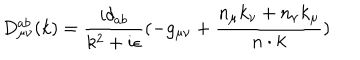
LaTeX: D _ { { \mu } { \nu } } ^ { a b } ( k ) = \frac { i { \delta } _ { a b } } { k ^ { 2 } + i { \epsilon } } ( - g _ { { \mu } { \nu } } + \frac { n _ { \mu } k _ { \nu } + n _ { \nu } k _ { \mu } } { n \cdot k } )